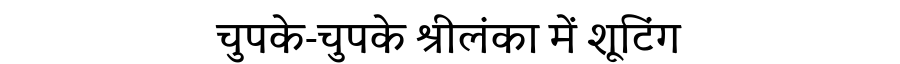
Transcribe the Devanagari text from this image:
चुपके-चुपके श्रीलंका में शूटिंग